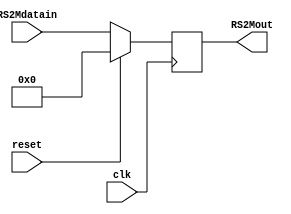
module rs2M (
    input wire clk,           // Seal de reloj
    input wire reset,         // Seal de reinicio
    input wire [31:0] RS2Mdatain, // Entrada de datos
    output reg [31:0] RS2Mout
);

always @(negedge clk) begin
    if (reset == 1) begin
        RS2Mout <= 32'b00000000000000000000000000000000;
    end
    else begin
        RS2Mout <= RS2Mdatain;
    end
end

endmodule